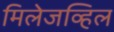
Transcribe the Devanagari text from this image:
मिलेजव्हिल